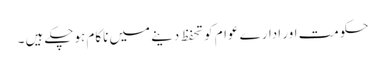
حکومت اور ادارے عوام کو تحفظ دینے میں ناکام ہوچکے ہیں ۔